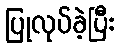
ပြုလုပ်ခဲ့ပြီး